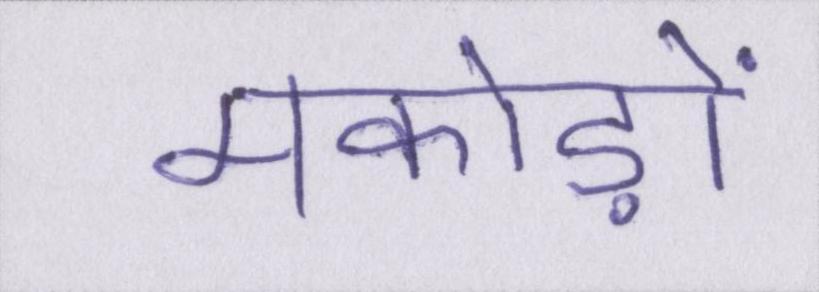
मकोड़ों